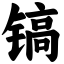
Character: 镐